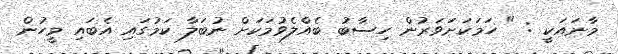
މާނައަކީ : " ހަމަކަށަވަރުން ހިސާބު ބެއްލެވުމަކަށް ނުބަލާ ކަމުގައި އެބައި މީހުން